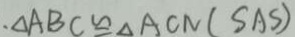
. \Delta A B C \cong \Delta A C N ( S A S )